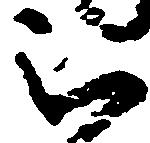
被